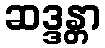
ဆဒ္ဒန္တာ